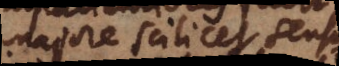
majore scilicet sensu